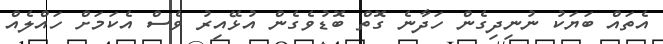
އެތައް ބަޔަކު ނުނިދިގެން ހަދާނެ ގޮތް ބޮޑުވެގެން އުޅޭއިރު ވެސް އެކަމަށް ހައްލެއް